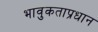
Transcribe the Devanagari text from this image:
भावुकताप्रधान